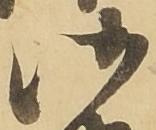
御